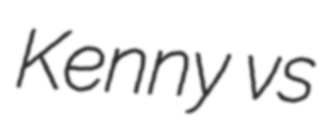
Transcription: Kenny vs